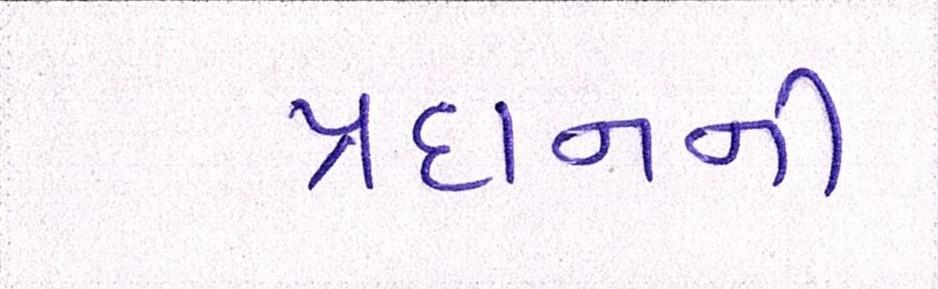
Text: પ્રદાનની